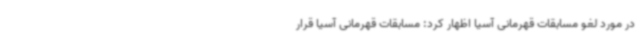
در مورد لغو مسابقات قهرمانی آسیا اظهار کرد: مسابقات قهرمانی آسیا قرار